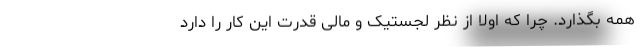
همه بگذارد. چرا که اولا از نظر لجستیک و مالی قدرت این کار را دارد